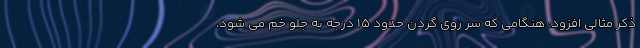
ذکر مثالی افزود: هنگامی که سر روی گردن حدود ۱۵ درجه به جلو خم می شود،